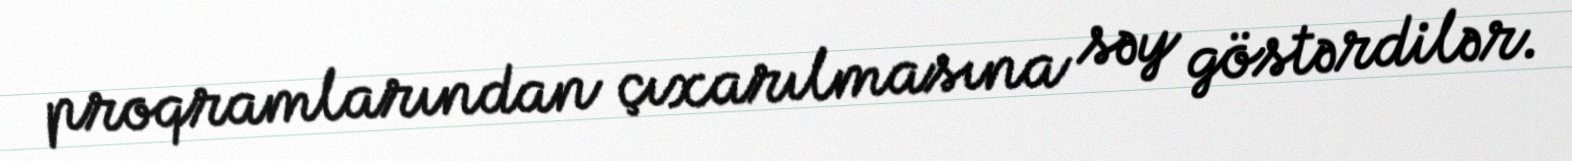
proqramlarından çıxarılmasına səy göstərdilər.